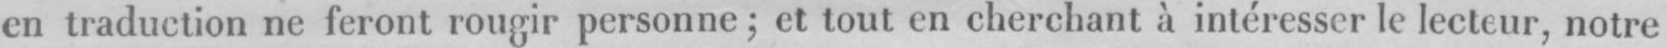
en traduction ne feront rougir personne; et tout en cherchant à intéresser le lecteur, notre